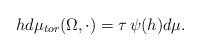
LaTeX: \begin{align*}hd\mu_{tor}(\Omega,\cdot) = \tau \,\psi(h)d\mu.\end{align*}